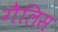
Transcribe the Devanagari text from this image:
गैलिस